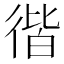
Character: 𢔡